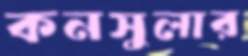
কনসুলার